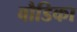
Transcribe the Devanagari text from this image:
बौडिका